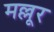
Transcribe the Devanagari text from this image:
मल्लूर